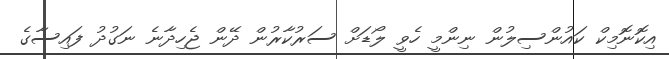
އިކޮނޮމިކް ކައުންސިލުން ނިންމީ ހެވީ ލޯޑަށް ސަރުކާރުން ދޭން ޖެހިދާނެ ނަގުދު ފައިސާގެ